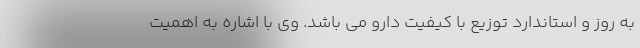
به روز و استاندارد توزیع با کیفیت دارو می باشد. وی با اشاره به اهمیت